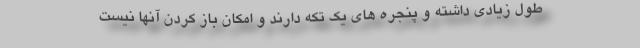
طول زیادی داشته و پنجره های یک تکه دارند و امکان باز کردن آنها نیست